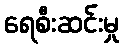
ရေစီးဆင်းမှု